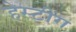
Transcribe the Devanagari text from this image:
हेस्टींग